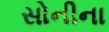
સોનીના